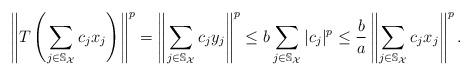
LaTeX: \begin{align*}\left\|T\left(\sum_{j\in \mathbb{S}_{\mathcal{X}}}c_jx_j \right)\right\|^p=\left\|\sum_{j\in \mathbb{S}_{\mathcal{X}}}c_jy_j \right\|^p\leq b\sum_{j\in \mathbb{S}_{\mathcal{X}}}|c_j|^p\leq \frac{b}{a}\left\|\sum_{j\in \mathbb{S}_\mathcal{X}}c_jx_j \right\|^p.\end{align*}